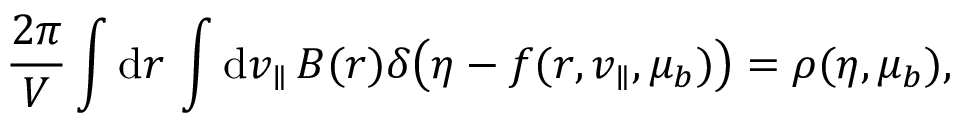
\frac { 2 \pi } { V } \int \mathrm { d } \boldsymbol { r } \, \int \mathrm { d } v _ { \parallel } \, B ( \boldsymbol { r } ) \delta \big ( \eta - f ( \boldsymbol { r } , v _ { \parallel } , \mu _ { b } ) \big ) = \rho ( \eta , \mu _ { b } ) ,